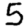
Digit: 5